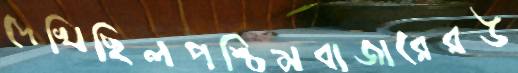
দেখিছিলপশ্চিমবাজারেরউ